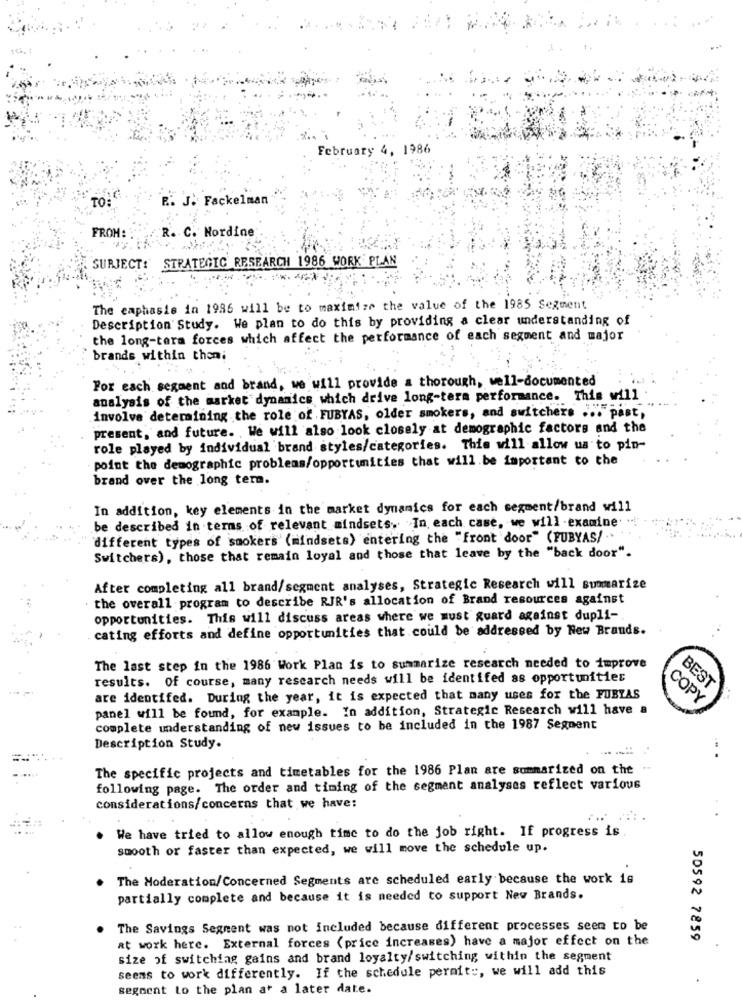
February 4, 1986
TO:
R. J. Fackelman
FROM: :. R. C. Nordine
SURJECT:' STRATEGIC RESEARCH 1986 WORK PLAN
The emphasis in 1986 will be to maximize the value of the 1985 Segment
Description Study. We plan to do this by providing a clear understanding of
the long-term forces which affect the performance of each segment and major
brands within thon;
For each segment and brand, we will provide a thorough, well-documented
analysis of the market dynamics which drive long-term performance. This will
involve determining the role of FUBYAS, older smokers, and switchers ... past,
present, and future. We will also look closely at demographic factors and the
role played by individual brand styles/categories. This will allow us to pin-
point the demographic problems/opportunities that will be important to the
brand over the long term.
In addition, key elements in the market dynamics for each segment/brand will
be described in terms of relevant mindsets, In each case, we will .examine
different types of smokers (mindsets) entering the "front door" (FUBYAS/ ..
Switchers), those that remain loyal and those that leave by the "back door".
After completing all brand/segment analyses, Strategic Research will summarize
the overall program to describe RIR's allocation of Brand resources against
opportunities. This will discuss areas where we must guard against dupli-
cating efforts and define opportunities that could be addressed by New Brands.
The last step in the 1986 Work Plan is to summarize research needed to improve
results. Of course, many rescarch needs will be identifed as opportunities
BEST
are identifed. During the year, it is expected that many uses for the FUBYAS
COPY
panel will be found, for example. In addition, Strategic Research will have a
complete understanding of new issues to be included in the 1987 Segment
Description Study.
The specific projects and timetables for the 1986 Plan are summarized on the
following page. The order and timing of the segment analyses reflect various
considerations/concerns that we have:
. We have tried to allow enough time to do the job right. If progress is
smooth or faster than expected, we will move the schedule up.
. The Moderation/Concerned Segments are scheduled early because the work is
partially complete and because it is needed to support New Brands.
The Savings Segment was not included because different processes seem to be
at work here. External forces (price increases) have a major effect on the
50592 7859
size of switching gains and brand loyalty/switching within the segment
seems to work differently. If the schedule permite, we will add this
segment Lo the plan at a later date.